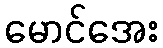
မောင်အေး